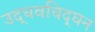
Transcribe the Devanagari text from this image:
उद्धवचिद्‌घन